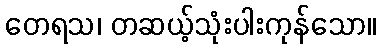
တေရသ၊ တဆယ့်သုံးပါးကုန်သော။